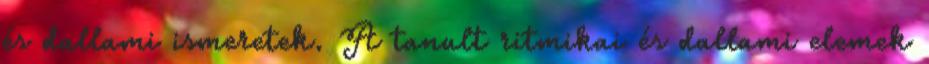
és dallami ismeretek. A tanult ritmikai és dallami elemek